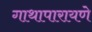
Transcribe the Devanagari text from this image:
गाथापारायणे